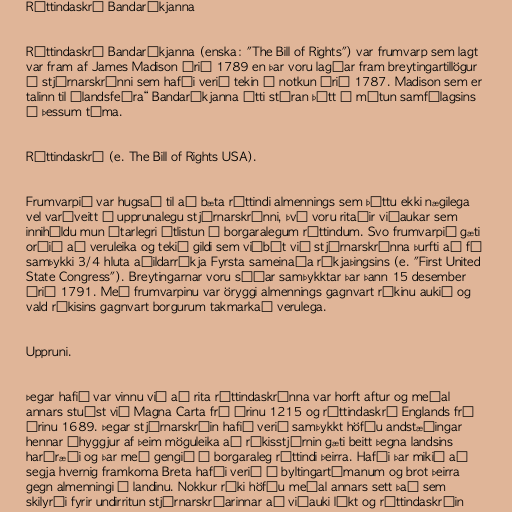
Réttindaskrá Bandaríkjanna

Réttindaskrá Bandaríkjanna (enska: "The Bill of Rights") var frumvarp sem lagt
var fram af James Madison árið 1789 en þar voru lagðar fram breytingartillögur
á stjórnarskránni sem hafði verið tekin í notkun árið 1787. Madison sem er
talinn til „landsfeðra“ Bandaríkjanna átti stóran þátt í mótun samfélagsins
á þessum tíma.

Réttindaskrá (e. The Bill of Rights USA).

Frumvarpið var hugsað til að bæta réttindi almennings sem þóttu ekki nægilega
vel varðveitt í upprunalegu stjórnarskránni, því voru ritaðir viðaukar sem
innihéldu mun ýtarlegri útlistun á borgaralegum réttindum. Svo frumvarpið gæti
orðið að veruleika og tekið gildi sem viðbót við stjórnarskránna þurfti að fá
samþykki 3/4 hluta aðildarríkja Fyrsta sameinaða ríkjaþingsins (e. "First United
State Congress"). Breytingarnar voru síðar samþykktar þar þann 15 desember
árið 1791. Með frumvarpinu var öryggi almennings gagnvart ríkinu aukið og
vald ríkisins gagnvart borgurum takmarkað verulega.

Uppruni.

Þegar hafið var vinnu við að rita réttindaskránna var horft aftur og meðal
annars stuðst við Magna Carta frá árinu 1215 og réttindaskrá Englands frá
árinu 1689. Þegar stjórnarskráin hafið verið samþykkt höfðu andstæðingar
hennar áhyggjur af þeim möguleika að ríkisstjórnin gæti beitt þegna landsins
harðræði og þar með gengið á borgaraleg réttindi þeirra. Hafði þar mikið að
segja hvernig framkoma Breta hafði verið á byltingartímanum og brot þeirra
gegn almenningi í landinu. Nokkur ríki höfðu meðal annars sett það sem
skilyrði fyrir undirritun stjórnarskráarinnar að viðauki líkt og réttindaskráin